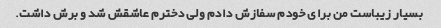
بسیار زیباست من برای خودم سفازش دادم ولی دخترم عاشقش شد و برش داشت.